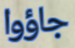
جاؤوا